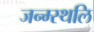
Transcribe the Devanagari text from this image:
जन्म्स्थलि